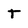
Character: T